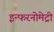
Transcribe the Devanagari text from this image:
इन्फरनोमेट्री